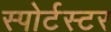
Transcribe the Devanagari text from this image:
स्पोर्टस्टर